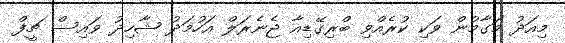
މިއަދު މަގާމުން ވަކި ކުރެއްވި ބްރިގޭޑިއާ ޖެނެރަލް އަހުމަދު ޝާހިދު ވައިސް ޗީފް